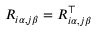
R _ { i \alpha , j \beta } = R _ { i \alpha , j \beta } ^ { \top }